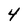
Character: 4